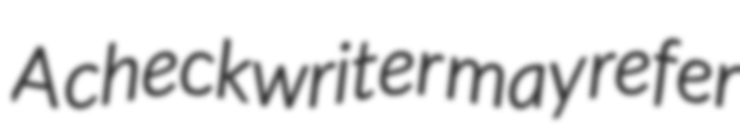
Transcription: A checkwriter may refer